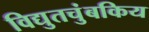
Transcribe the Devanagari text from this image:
विद्युतचुंबकिय